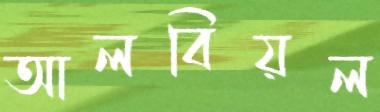
আলবিয়ল